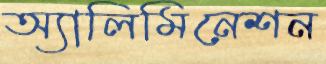
অ্যালিমিনেশন